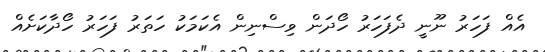
އެއް ފަހަރު ނޫނީ ދެފަހަރު ހޯދަން ވިސްނިން އެކަމަކު ހަތަރު ފަހަރު ހޯދާކަށެއް